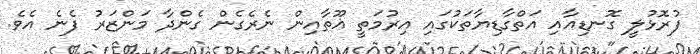
ފުރޮޅުލީ ގޮނޑިއާއި އަތްގާޑިޔާތަކުގައި އިރުމަތީ ޣޫތާއިން ނެރެގެން ގެންދާ މަންޒަރު ފެނެ އެވެ.